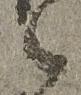
之